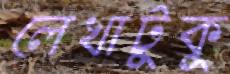
লেখাটুকু